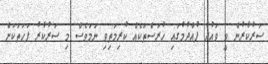
ސަރުކާރުން ވީ ވައުދު ފުއްދުމުގައި ހުރަސްތަކެއް ކުރިމަތިވި ނަމަަވެސް މި ސަރުކާރު ފަހަތަކަށް